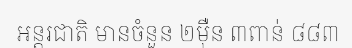
អន្តរជាតិ មានចំនួន ២ម៉ឺន ៣ពាន់ ៨៨៣